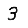
Digit: 3